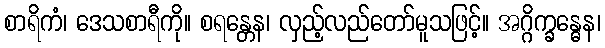
စာရိကံ၊ ဒေသစာရီကို။ စရန္တေန၊ လှည့်လည်တော်မူသဖြင့်။ အဂ္ဂိက္ခန္ဓေန၊